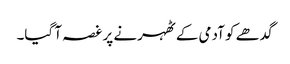
گدھے کو آدمی کے ٹھہرنے پر غصہ آ گیا۔